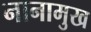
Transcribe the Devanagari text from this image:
नानामुख